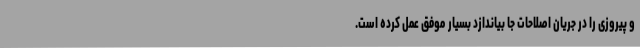
و پیروزی را در جریان اصلاحات جا بیاندازد بسیار موفق عمل کرده است.